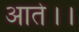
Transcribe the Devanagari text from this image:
आते।।